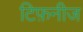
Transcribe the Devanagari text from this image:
टिफ़नीज